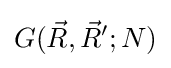
G({\vec {R}},{\vec {R}}';N)